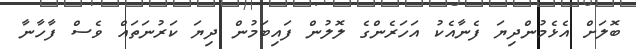
ބޮލަށް އެޅެމުންދިޔަ ފެނާއެކު އަހަރެންގެ ލޮލުން ފައިބަމުން ދިޔަ ކަރުނަތައް ވެސް ފާހާނާ